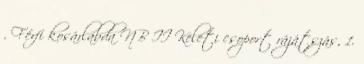
. Férfi kosárlabda NB II Keleti csoport rájátszás, 1.